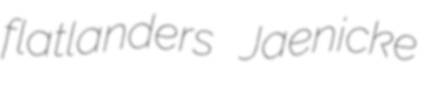
flatlanders Jaenicke